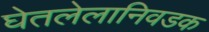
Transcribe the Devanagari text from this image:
घेतलेलानिवडक